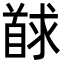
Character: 𮩢